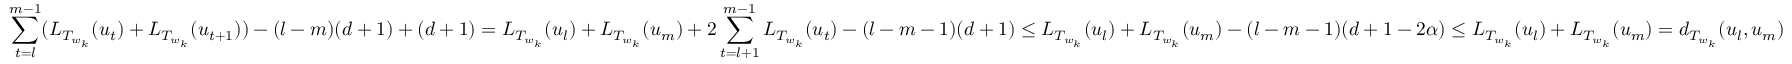
\sum _ { t = l } ^ { m - 1 } ( L _ { T _ { w _ { k } } } ( u _ { t } ) + L _ { T _ { w _ { k } } } ( u _ { t + 1 } ) ) - ( l - m ) ( d + 1 ) + ( d + 1 ) = L _ { T _ { w _ { k } } } ( u _ { l } ) + L _ { T _ { w _ { k } } } ( u _ { m } ) + 2 \sum _ { t = l + 1 } ^ { m - 1 } L _ { T _ { w _ { k } } } ( u _ { t } ) - ( l - m - 1 ) ( d + 1 ) \leq L _ { T _ { w _ { k } } } ( u _ { l } ) + L _ { T _ { w _ { k } } } ( u _ { m } ) - ( l - m - 1 ) ( d + 1 - 2 \alpha ) \leq L _ { T _ { w _ { k } } } ( u _ { l } ) + L _ { T _ { w _ { k } } } ( u _ { m } ) = d _ { T _ { w _ { k } } } ( u _ { l } , u _ { m } )